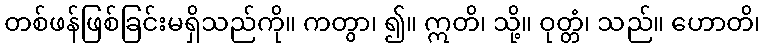
တစ်ဖန်ဖြစ်ခြင်းမရှိသည်ကို။ ကတွာ၊ ၍။ ဣတိ၊ သို့။ ဝုတ္တံ၊ သည်။ ဟောတိ၊